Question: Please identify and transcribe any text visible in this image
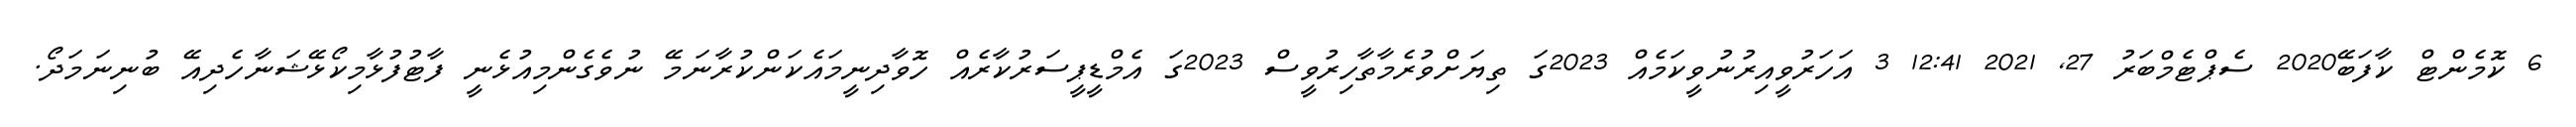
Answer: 6 ކޮމެންޓް ކާފަބޭ2020 ސެޕްޓެމްބަރު 27, 2021 12:41 3 އަހަރުވީއިރުނުވީކަމެއް 2023ގަ ތިޔަށްވުރެމާތާހިރުވީސް 2023ގަ އެމްޑީޕީސަރުކާރެއް ހޮވާދިނީމައެކަންކުރާނަމޭ ނުވެގެންމިއުޅެނީ ފާޓުފުޅާމިކޯޅޭޝަނާހެދިއޭ ބުނިނަމަދޯ.